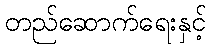
တည်ဆောက်ရေးနှင့်